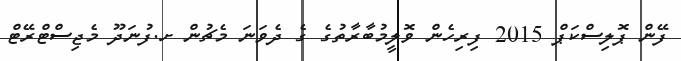
ފޭން ޕޮލިސްކަޕް 2015 ފިރިހެން ވޮލީމުބާރާތުގެ ގެ ދެވަނަ މެޗުން ށ.ފުނަދޫ މެޖިސްޓްރޭޓް